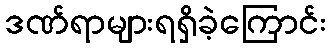
ဒဏ်ရာများရရှိခဲ့ကြောင်း